Vaccination in Bombay 1863-1868 - 1863-1868
Year: 1863
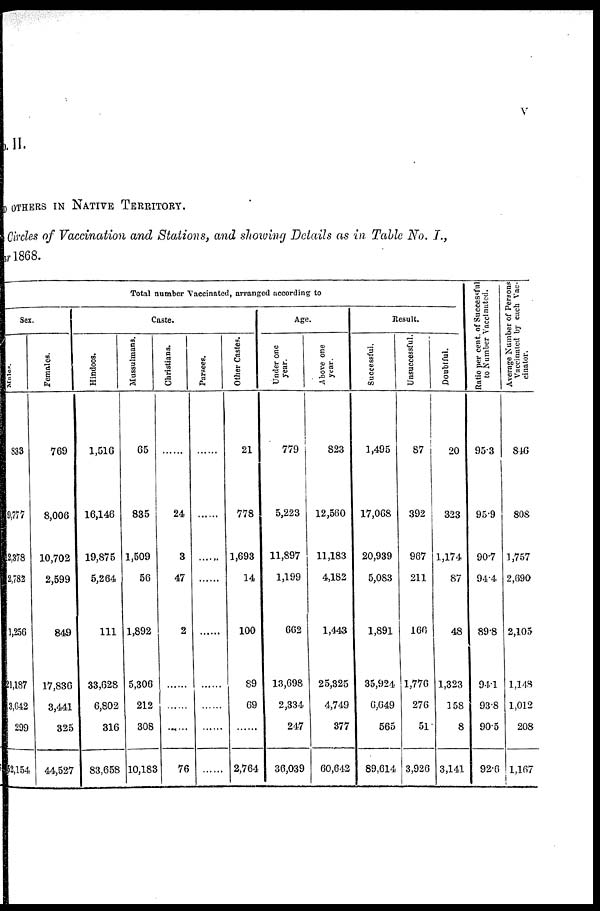
v
No.II.
OTHERS IN NATIVE TERRITORY.
Circles of Vaccination and Stations, and showing Details as in Table No. I.,
year 1868.
Total number Vaccinated, arranged according to
Sex.
Males.
833
9,777
2,378
2,782
1,256
41,187
3,642
299
52,154
Females.
769
8,006
10,702
2,599
849
17,836
3,441
325
44,527
Caste.
Hindoos.
1,516
16,146
19,875
5,264
111
33,628
6,802
316
83,658
Mussulmans.
65
835
1,509
56
1,892
5,306
212
308
10,183
Christians.
......
24
3
47
2
......
......
......
76
Parsees.
......
......
......
......
......
......
......
......
......
Other Castes.
21
778
1,693
14
100
89
69
......
2,764
Age.
Under one
year.
779
5,223
11,897
1,199
662
13,698
2,334
247
36,039
Above one
year.
823
12,560
11,183
4,182
1,443
25,325
4,749
377
60,642
Result.
Successful.
1,495
17,068
20,939
5,083
1,891
35,924
6,649
565
89,614
Unsuccessful.
87
392
967
211
166
1,776
276
51
3,926
Doubtful.
20
323
1,174
87
48
1,323
158
8
3,141
Ratio per cent. of Successful
to Number Vaccinated.
95.3
95.9
90.7
94.4
89.8
94.1
93.8
90.5
92.6
Average Number of Persons
Vaccinated by each Vac¬
cinator.
846
808
1,757
2,690
2,105
1,148
1,012
208
1,167